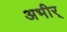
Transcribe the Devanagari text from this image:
अभीर्